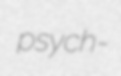
psych-